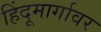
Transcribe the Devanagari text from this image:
हिंदूमार्गावर